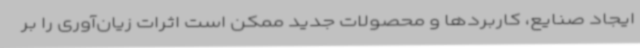
ایجاد صنایع، کاربردها و محصولات جدید ممکن است اثرات زیان‌آوری را بر